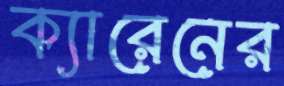
ক্যারেনের